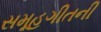
સમૂહગીતની